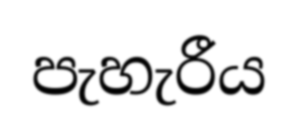
පැහැරීය